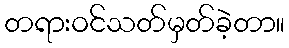
တရားဝင်သတ်မှတ်ခဲ့တာ။